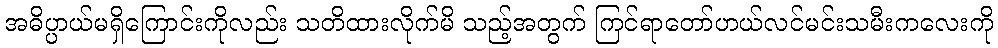
အဓိပ္ပာယ်မရှိကြောင်းကိုလည်း သတိထားလိုက်မိ သည့်အတွက် ကြင်ရာတော်ဟယ်လင်မင်းသမီးကလေးကို